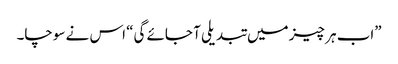
”اب ہر چیز میں تبدیلی آ جائے گی“ اس نے سوچا۔